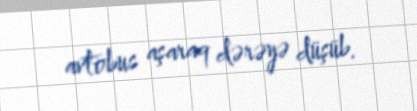
avtobus aşaraq dərəyə düşüb.